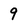
Character: 9